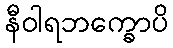
နီဝါရဘက္ခောပိ